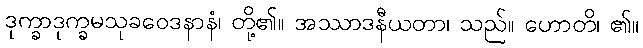
ဒုက္ခာဒုက္ခမသုခဝေဒနာနံ၊ တို့၏။ အဿာဒနီယတာ၊ သည်။ ဟောတိ၊ ၏။